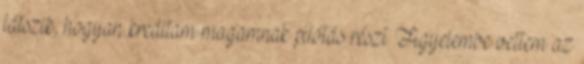
látszik, hogyan kreáltam magamnak pilótás részt. Figyelembe vettem az